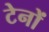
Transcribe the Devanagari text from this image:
टेनों